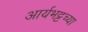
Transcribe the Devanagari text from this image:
आर्यभट्टच्या